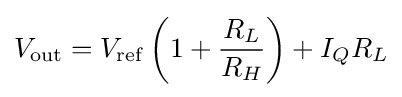
V_{\mathrm {out} }=V_{\mathrm {ref} }\left(1+{\frac {R_{L}}{R_{H}}}\right)+I_{Q}R_{L}